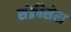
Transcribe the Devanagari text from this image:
संक्रीसेरा